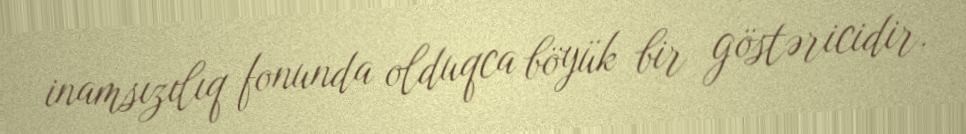
inamsızılıq fonunda olduqca böyük bir göstəricidir.